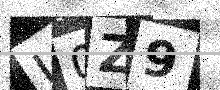
Text: U0Z9